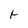
Character: t